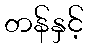
တန်နှင့်